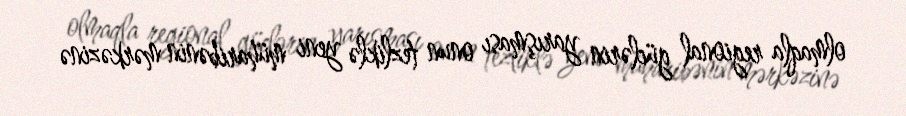
olmaqla regional güclərin yarışması onun tezliklə yeni müharibənin mərkəzinə